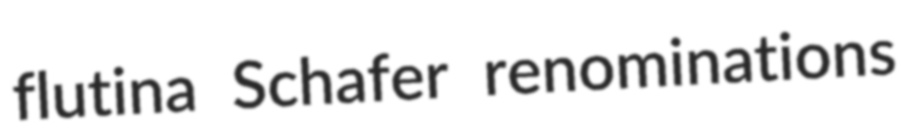
flutina Schafer renominations